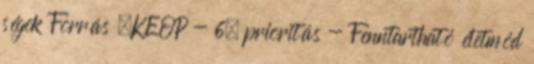
ségek Forrás ▪KEOP - 6. prioritás - Fenntartható életmód